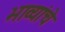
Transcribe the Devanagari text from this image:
भाव्यांचे